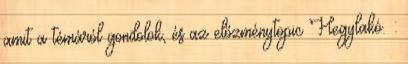
amit a témáról gondolok, és az előzménytopic Hegylakó. :